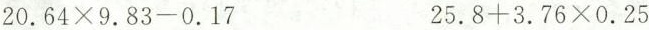
$$2 0 . 6 4 \times 9 . 8 3 - 0 . 1 7$$ $$2 5 . 8 + 3 . 7 6 \times 0 . 2 5$$